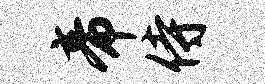
帝侍